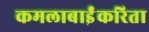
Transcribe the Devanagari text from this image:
कमलाबाईंकरिता